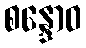
စန္ဒောဝ